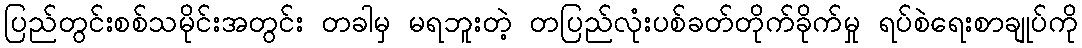
ပြည်တွင်းစစ်သမိုင်းအတွင်း တခါမှ မရဘူးတဲ့ တပြည်လုံးပစ်ခတ်တိုက်ခိုက်မှု ရပ်စဲရေးစာချုပ်ကို